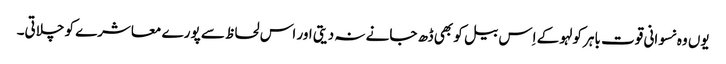
یوں وہ نسوانی قوت باہر کولہو کے اِس بیل کو بھی ڈھ جانے نہ دیتی اور اس لحاظ سے پورے معاشرے کو چلاتی۔